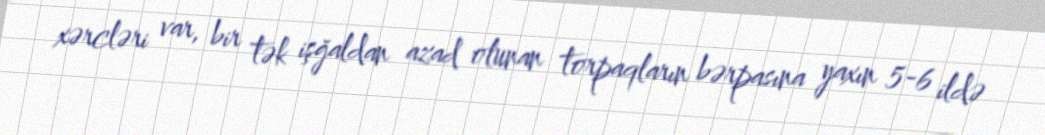
xərcləri var, bir tək işğaldan azad olunan torpaqların bərpasına yaxın 5-6 ildə